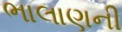
ભાલાણની